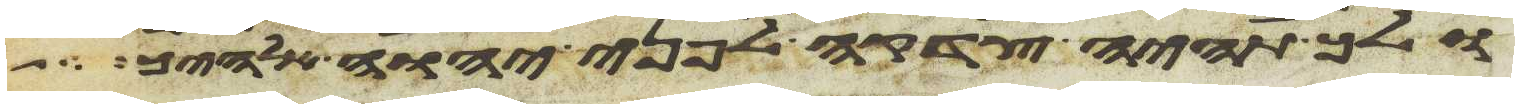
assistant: ולך תהיה צדקה לפני יהוה אלהיך